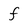
Character: f